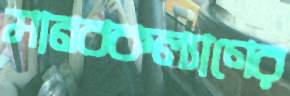
মানবকল্যাণের